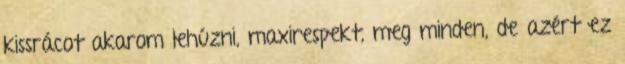
kissrácot akarom lehúzni, maxirespekt, meg minden, de azért ez